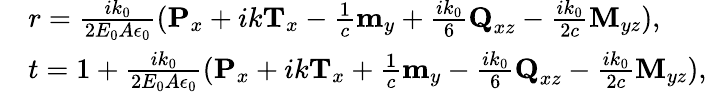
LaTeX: \begin{array}{rl}&{{r}=\frac{ik_{0}}{2E_{0}A\epsilon_{0}}(\textbf{P}_{x}+ik\textbf{T}_{x}-\frac{1}{c}\textbf{m}_{y}+\frac{ik_{0}}{6}\textbf{Q}_{xz}-\frac{ik_{0}}{2c}\textbf{M}_{yz}),}\\ &{{t}=1+\frac{ik_{0}}{2E_{0}A\epsilon_{0}}(\textbf{P}_{x}+ik\textbf{T}_{x}+\frac{1}{c}\textbf{m}_{y}-\frac{ik_{0}}{6}\textbf{Q}_{xz}-\frac{ik_{0}}{2c}\textbf{M}_{yz}),}\end{array}